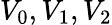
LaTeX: V_{0},V_{1},V_{2}